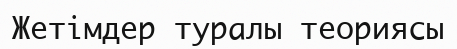
Жетімдер туралы теориясы